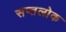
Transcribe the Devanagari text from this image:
सप्तलोक